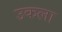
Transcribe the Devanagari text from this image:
उकला